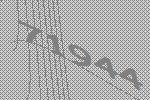
71944